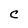
Character: C